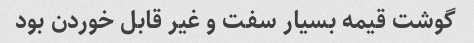
گوشت قیمه بسیار سفت و غیر قابل خوردن بود